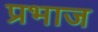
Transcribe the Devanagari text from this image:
प्रभाज